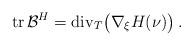
LaTeX: \begin{align*} \mathrm{tr}\,\mathcal{B}^H=\mathrm{div}_T\big(\nabla_\xi H(\nu)\big) \,.\end{align*}